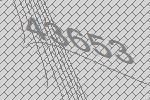
43653